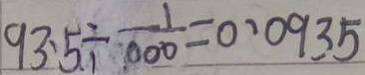
9 3 . 5 \div \frac { 1 } { 0 0 0 } = 0 . 0 9 3 5